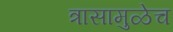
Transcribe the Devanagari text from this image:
त्रासामुळेच